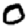
Digit: 0